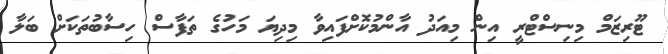
ޓޫރިޒަމް މިނިސްޓްރީ އިން މިއަދު އާންމުކޮށްފައިވާ މިދިޔަ މަހުގެ ތަފާސް ހިސާބުތަކަށް ބަލާ